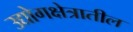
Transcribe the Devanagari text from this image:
उद्योगक्षेत्रातील